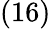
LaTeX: \left(16\right)